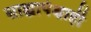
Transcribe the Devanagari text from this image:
साह्यापेक्षाही